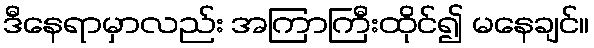
ဒီနေရာမှာလည်း အကြာကြီးထိုင်၍ မနေချင်။